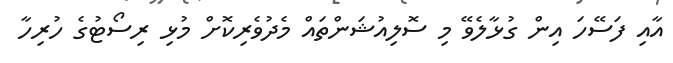
އާއި ފަސޭހަ އިން ގުޅާލެވޭ މި ސޮލިއުޝަންތައް މެދުވެރިކޮށް މުޅި ރިސޯޓުގެ ހުރިހާ